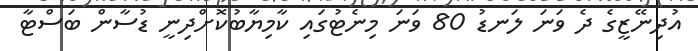
އުދިނޭޒީގެ ދެ ވަނަ ލަނޑު 80 ވަނަ މިނެޓުގައި ކާމިޔާބުކޮށްދިނީ ޑުސާން ބަސްޓާ